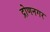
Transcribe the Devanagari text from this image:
द्रोणनगर